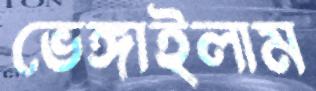
ভেঙ্গাইলাম